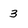
Character: 3